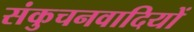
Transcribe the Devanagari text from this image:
संकुचनवादियों